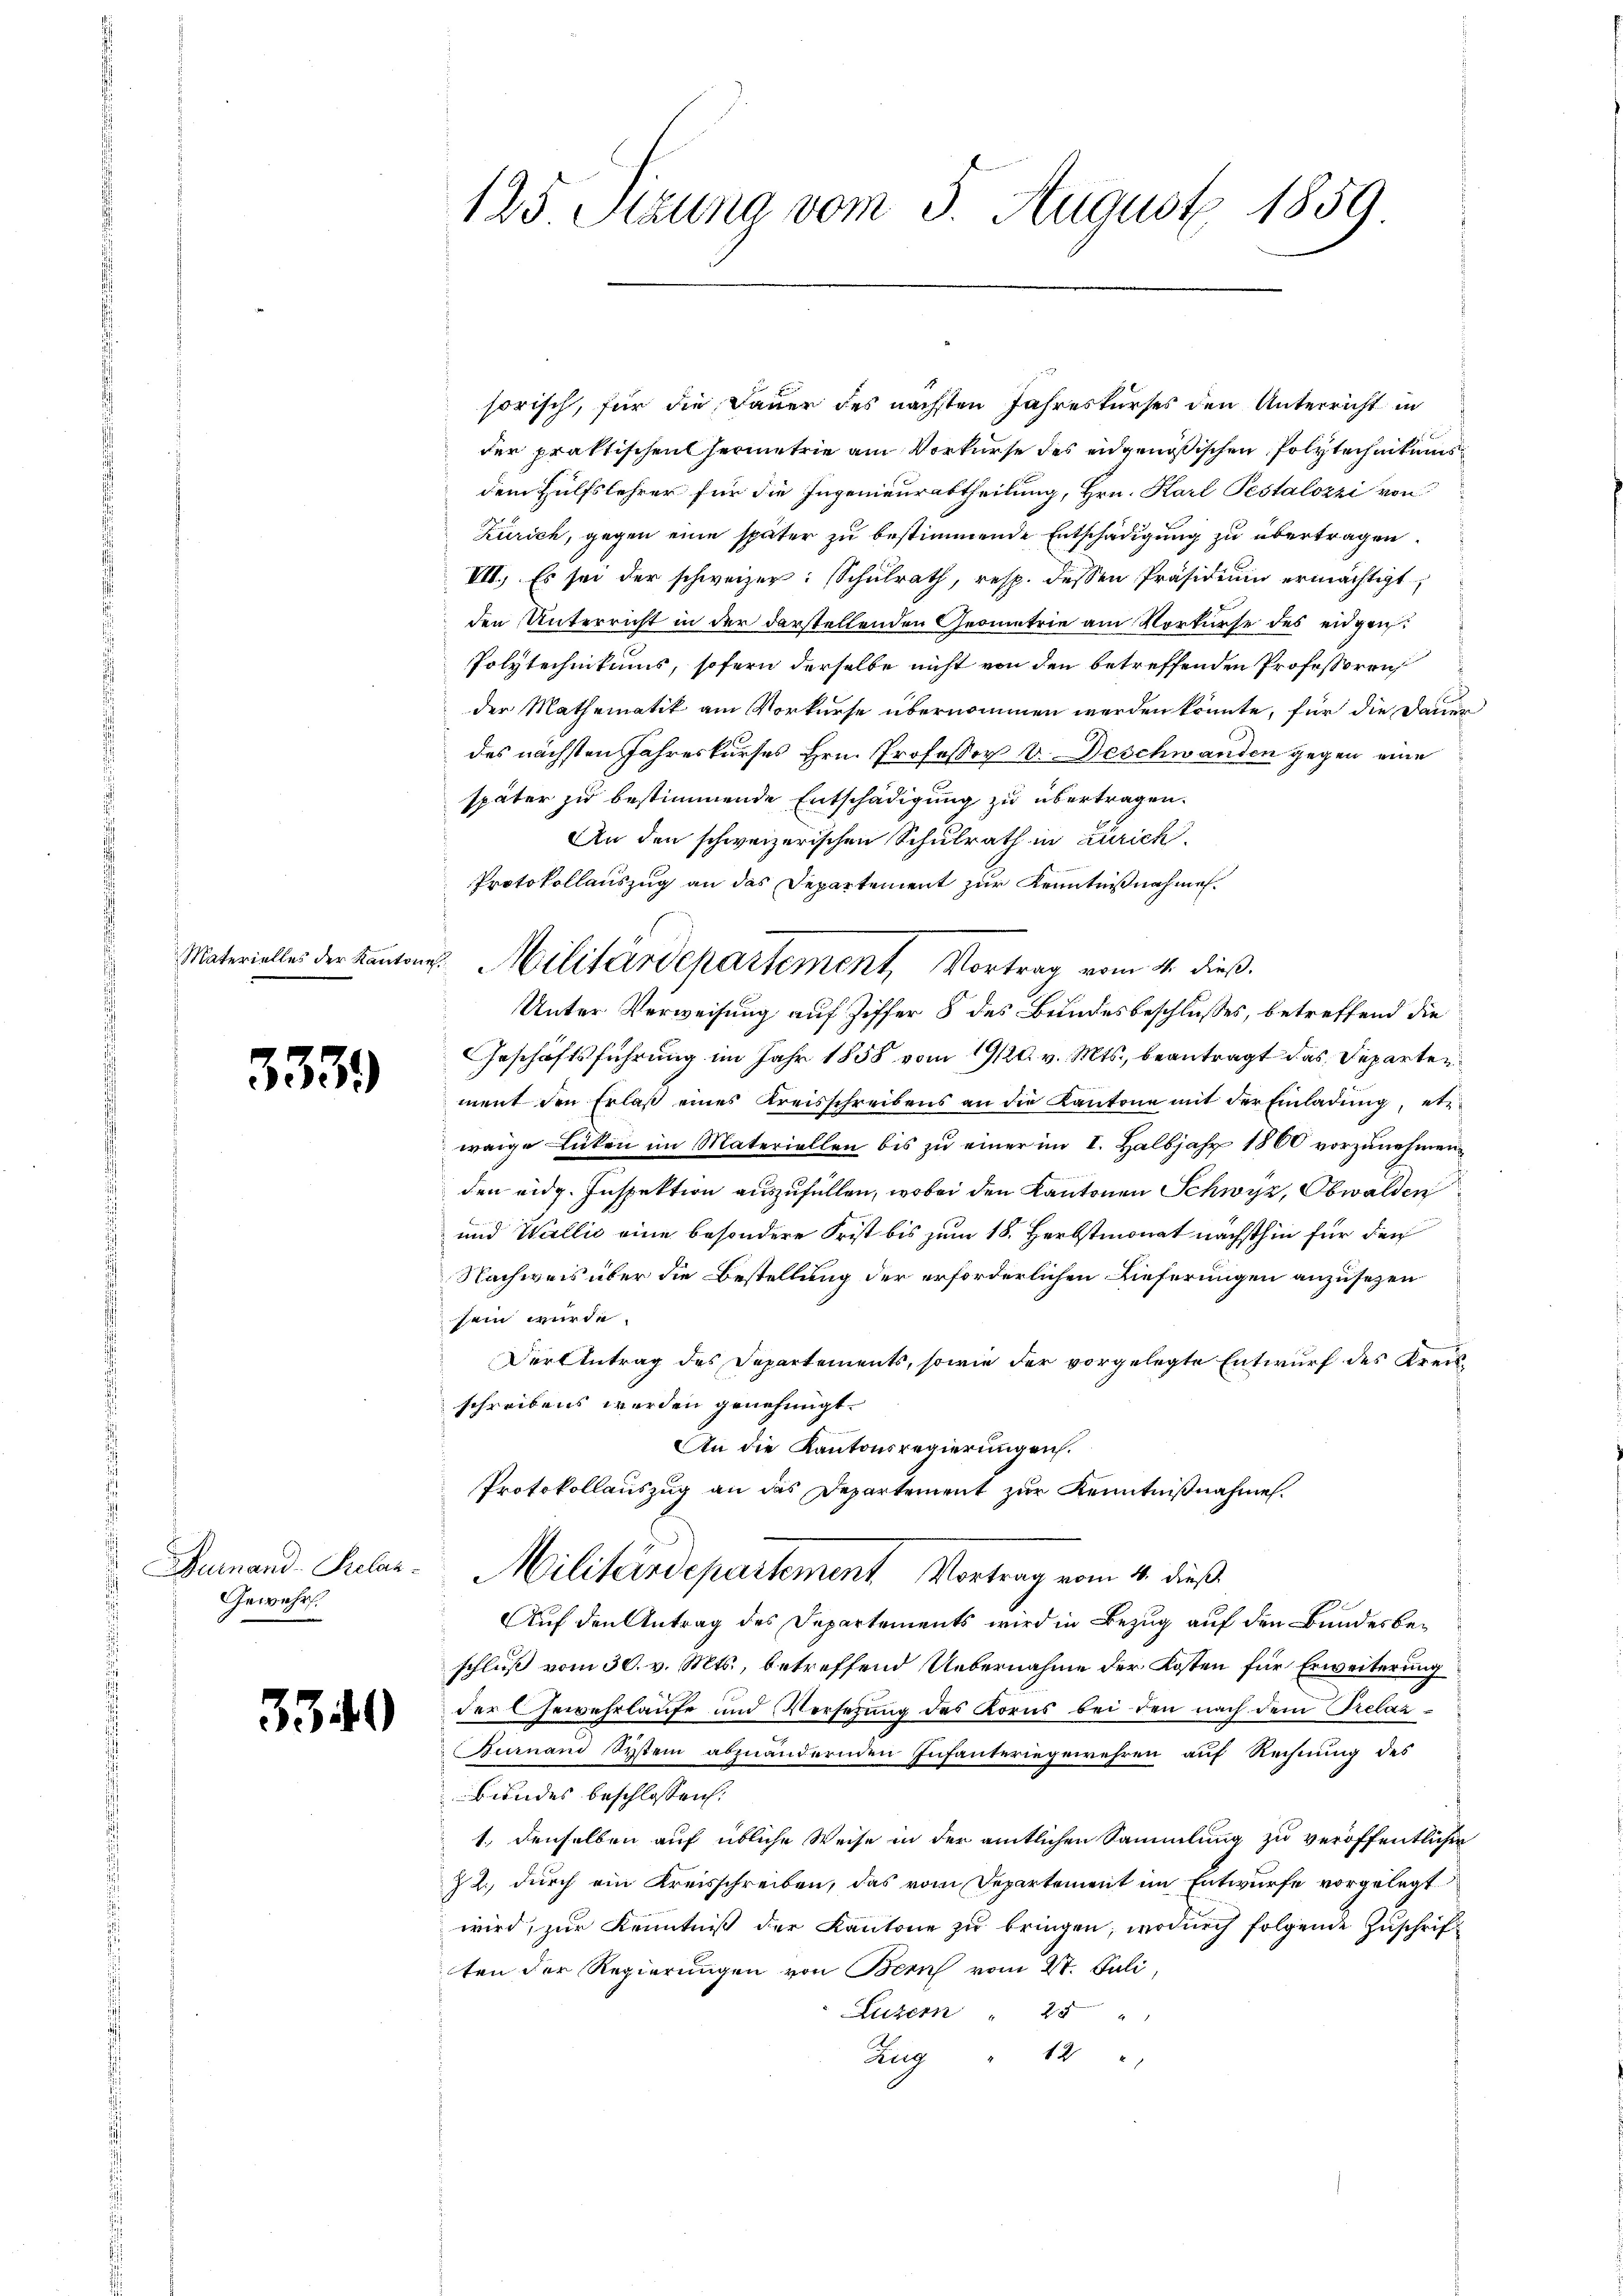
333.

Furnand - Prelan¬
Gewehr.

3340

125 Stzung vom 3. August 1859

sorisch, für die Dauer des nächsten Jahreskurses den Unterricht in
der praktischen Hermetrie am Vorkurse des eidgenößischen Polytechnikums
dem Hülfslehrer für die Ingenieurabtheilung, Hrn. Karl Pestalozzi von
Zürich, gegen eine später zu bestimmende Entschädigung zu übertragen.
VII. Es sei der schweizer: Schulrath, resp. dessen Präsidium ermächtigt,
den Unterricht in der darstellenden Geometrie am Vorkurse des eidgen.
Polytechnikums, sofern derselbe nicht von den betreffenden Professoren
der Mathematik am Vorkurse übernommen werden könnte, für die Dauer
des nächsten Jahreskurses Hrn. Professor V. Deschwanden gegen eine
später zu bestimmende Entschädigung zu übertragen.
An den schweizerischen Schulrath in Zürich
Protokollauszug an das Departement zur Kenntnißnahme
Unter Verweisung auf Ziffer 8 des Bundesbeschlusses, betreffend die
Geschäftsführung im Jahr 1858 vom 19/20. v. Mts., beantragt das Departen
ment den Erlaß eines Kreisschreibens an die Kantone mit der Einladung, etw
weige Lücken im Materiellen bis zu einer im I. Halbjahr 1860 vorzunehmen
den eidg. Inspektion auszufüllen, wobei den Kantonen Schwyz, Obwalden
und Wallić eine besondere Frist bis zum 18. Herbstmonat nächsthin für den
Nachweis über die Bestellung der erforderlichen Lieferungen anzusezen
sein wurde.
Der Antrag des Departements, sowie der vorgelegte Entwurf des Kreisschreibens werden genehmigt.
An die Kantonsregierungen.
Protokollauszug an das Departement zur Kenntnißnahme.
Militärdepartement Vortrag vom 4. dieß
Auf den Antrag des Departements wird in Bezug auf den Bundesbeschluß vom 30. v. Mts., betreffend Uebernahme der Kosten für Erweiterung
der Gewehrlaufe und Versezung des Korns bei den nach dem Prelazurnand System abzuändernden Infanteriegewehren auf Rechnung des
Bundes beschlossen:
1., denselben auf übliche Weise in der amtlichen Sammlung zu veröffentlichen
Z 2., durch ein Kreisschreiben, das vom Departement im Entwurfe vorgelegt
wird, zur Kenntniß der Kantone zu bringen, wodurch folgende Zuschrift
ten der Regierungen von Bern vom 27. Juli
Luzern " 25
12 "
Zug

Materielles der Kantons Militärdepartement, Vortrag vom 4. dieß.